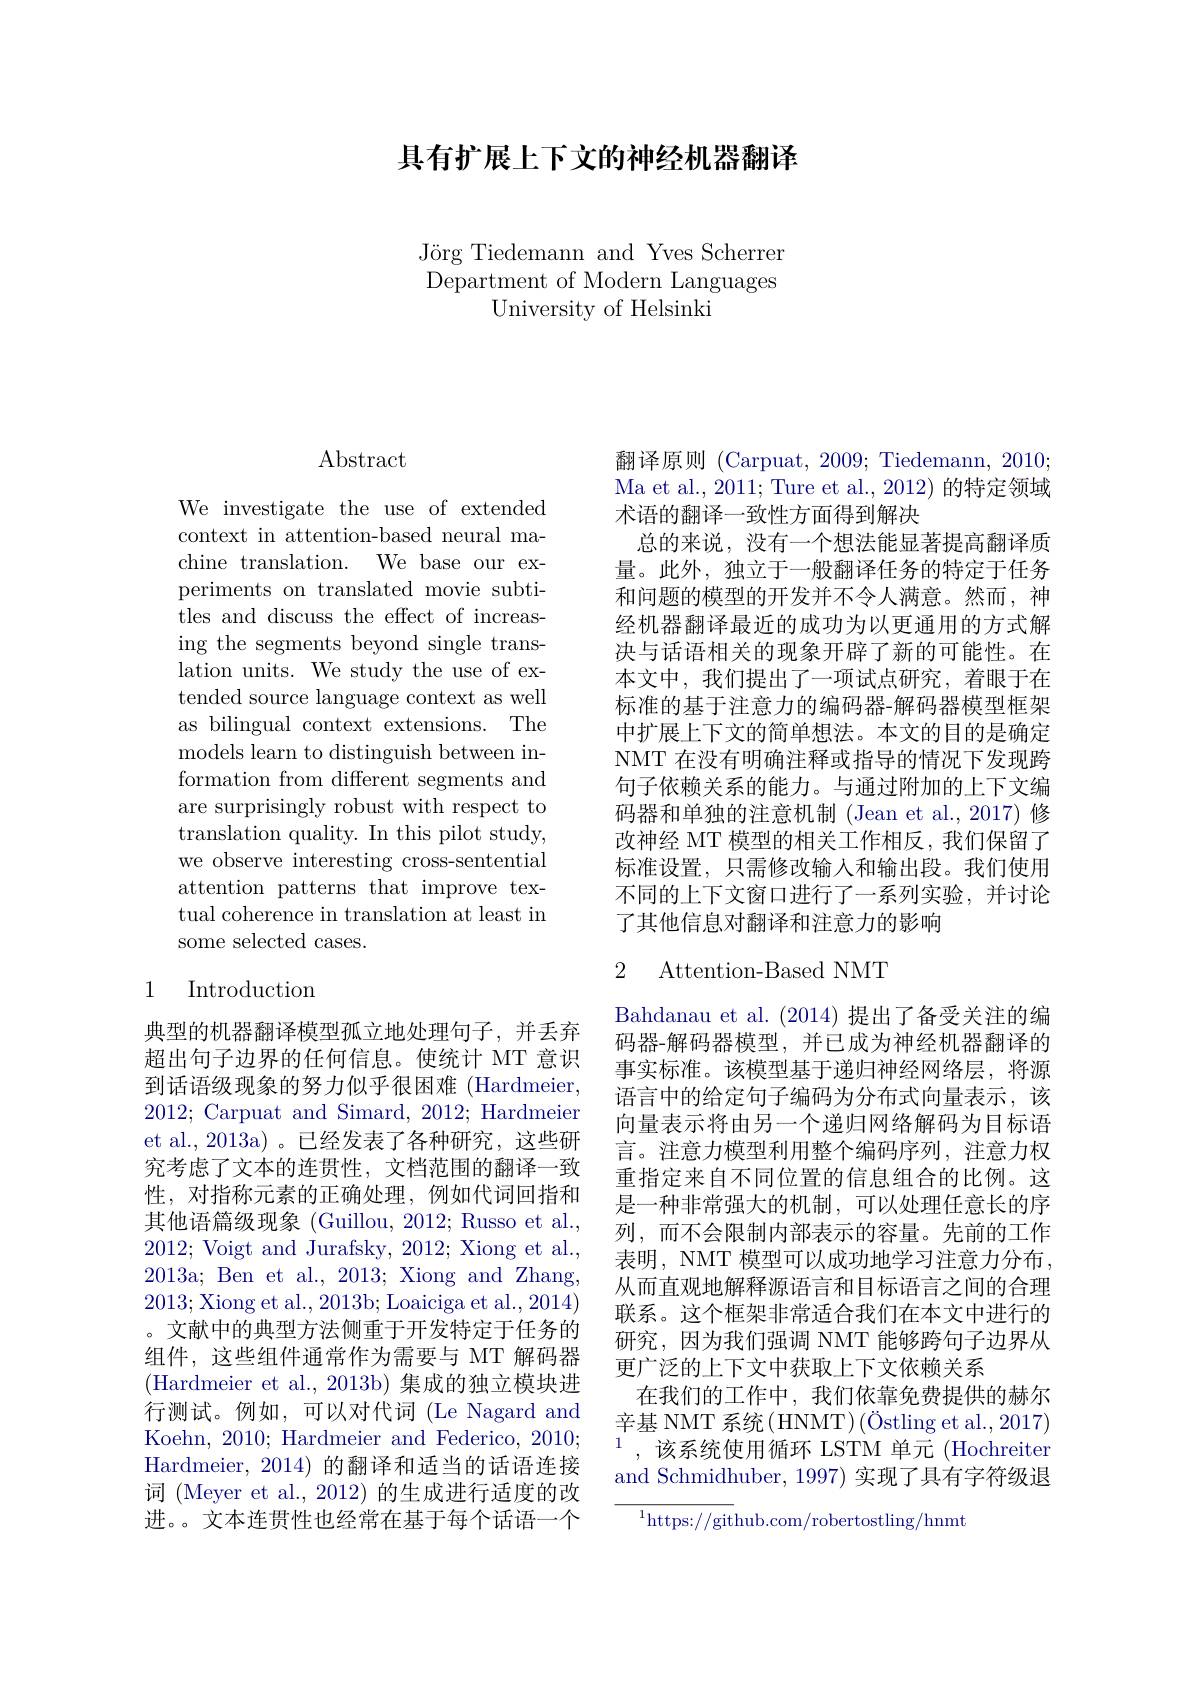
具有扩展上下文的神经机器翻译

Jörg Tiedemann and Yves Scherrer Department of Modern Languages
University of Helsinki

# Abstract

We investigate the use of extended context in attention-based neural machine translation. We base our experiments on translated movie subtitles and discuss the effect of increasing the segments beyond single translation units. We study the use of extended source language context as well as bilingual context extensions. The models learn to distinguish between information from different segments and are surprisingly robust with respect to translation quality. In this pilot study, we observe interesting cross-sentential attention patterns that improve textual coherence in translation at least in some selected cases.

### 1 Introduction

典型的机器翻译模型孤立地处理句子，并丢弃超出句子边界的任何信息。使统计 MT 意识到话语级现象的努力似乎很困难(Hardmeier, 2012; Carpuat and Simard, 2012; Hardmeier et al., 2013a) 。已经发表了各种研究，这些研究考虑了文本的连贯性，文档范围的翻译一致性，对指称元素的正确处理，例如代词回指和其他语篇级现象 (Guillou, 2012; Russo et al., 2012; Voigt and Jurafsky, 2012; Xiong et al., 2013a; Ben et al., 2013; Xiong and Zhang, 2013; Xiong et al., 2013b; Loaiciga et al., 2014) 。文献中的典型方法侧重于开发特定于任务的组件，这些组件通常作为需要与 MT 解码器(Hardmeier et al., 2013b) 集成的独立模块进行测试。例如，可以对代词 (Le Nagard and Koehn, 2010; Hardmeier and Federico, 2010; Hardmeier, 2014) 的翻译和适当的话语连接词 (Meyer et al., 2012) 的生成进行适度的改进。。文本连贯性也经常在基于每个话语一个

翻译原则 (Carpuat, 2009; Tiedemann, 2010; Ma et al., 2011; Ture et al., 2012) 的特定领域术语的翻译一致性方面得到解决
总的来说，没有一个想法能显著提高翻译质量。此外，独立于一般翻译任务的特定于任务和问题的模型的开发并不令人满意。然而，神经机器翻译最近的成功为以更通用的方式解决与话语相关的现象开辟了新的可能性。在本文中，我们提出了一项试点研究，着眼于在标准的基于注意力的编码器-解码器模型框架中扩展上下文的简单想法。本文的目的是确定NMT 在没有明确注释或指导的情况下发现跨句子依赖关系的能力。与通过附加的上下文编码器和单独的注意机制 (Jean et al., 2017) 修改神经 MT 模型的相关工作相反，我们保留了标准设置，只需修改输入和输出段。我们使用不同的上下文窗口进行了一系列实验，并讨论了其他信息对翻译和注意力的影响

## 2 Attention-Based NMT

Bahdanau et al. (2014)提出了备受关注的编码器-解码器模型，并已成为神经机器翻译的事实标准。该模型基于递归神经网络层，将源语言中的给定句子编码为分布式向量表示，该向量表示将由另一个递归网络解码为目标语言。注意力模型利用整个编码序列，注意力权重指定来自不同位置的信息组合的比例。这是一种非常强大的机制，可以处理任意长的序列，而不会限制内部表示的容量。先前的工作表明，NMT 模型可以成功地学习注意力分布， 从而直观地解释源语言和目标语言之间的合理联系。这个框架非常适合我们在本文中进行的研究，因为我们强调 NMT 能够跨句子边界从更广泛的上下文中获取上下文依赖关系
在我们的工作中，我们依靠免费提供的赫尔辛基 NMT 系统(HNMT)(Östling et al., 2017) $^{1}$,该系统使用循环 LSTM 单元(Hochreiter and Schmidhuber, 1997) 实现了具有字符级退

$^{1}$https://github.com/robertostling/hnmt